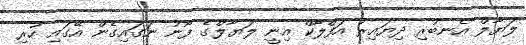
ލަޔާލް އެނބުރި ދިޔައިރު އަފްލާކް އިނީ ލަޔާލްގެ ފޯނު ނަގައިގެން އޭގައި ހުރި